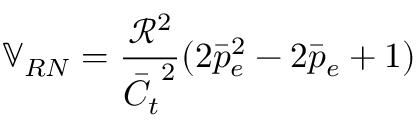
\mathbb { V } _ { R N } = \frac { \mathcal { R } ^ { 2 } } { \bar { C _ { t } } ^ { 2 } } ( 2 \bar { p } _ { e } ^ { 2 } - 2 \bar { p } _ { e } + 1 )